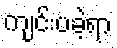
ကျင်းပခဲ့ရာ